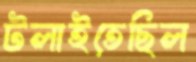
টলাইতেছিল